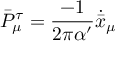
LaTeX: \bar { P } _ { \mu } ^ { \tau } = \frac { - 1 } { 2 \pi \alpha ^ { \prime } } \dot { \bar { x } } _ { \mu }